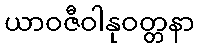
ယာဝဇီဝါနုဝတ္တနာ